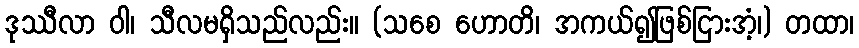
ဒုဿီလာ ဝါ၊ သီလမရှိသည်လည်း။ (သစေ ဟောတိ၊ အကယ်၍ဖြစ်ငြားအံ့၊) တထာ၊